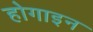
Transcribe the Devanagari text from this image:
होगाइन